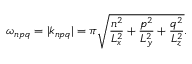
\omega _ { n p q } = | k _ { n p q } | = \pi \sqrt { \frac { n ^ { 2 } } { L _ { x } ^ { 2 } } + \frac { p ^ { 2 } } { L _ { y } ^ { 2 } } + \frac { q ^ { 2 } } { L _ { z } ^ { 2 } } } .